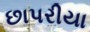
છાપરીયા